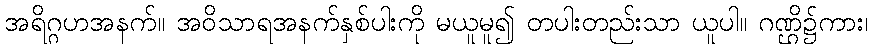
အရိဂ္ဂဟအနက်။ အဝိသာရအနက်နှစ်ပါးကို မယူမူ၍ တပါးတည်းသာ ယူပါ။ ဂဏ္ဌိ၌ကား၊